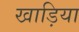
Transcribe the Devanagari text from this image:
खाड़िया